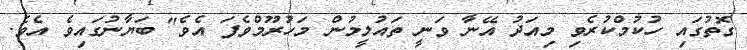
ގޮތުގައި ހުކުމްކުރެވި މިއަދު އޭނާ ވަނީ ތައުލީމުން މަހުރޫމްވެފަ އެވެ" ބަޔާނުގައިވެ އެވެ.